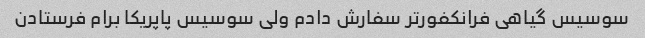
سوسیس گیاهی فرانکفورتر سفارش دادم ولی سوسیس پاپریکا برام فرستادن